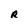
Character: R